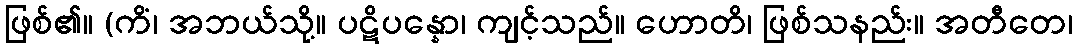
ဖြစ်၏။ (ကိံ၊ အဘယ်သို့။ ပဋိပန္နော၊ ကျင့်သည်။ ဟောတိ၊ ဖြစ်သနည်း။ အတီတေ၊